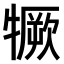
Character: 𤛦